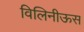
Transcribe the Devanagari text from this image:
विलिनीऊस